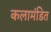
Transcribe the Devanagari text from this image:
कलामंडित